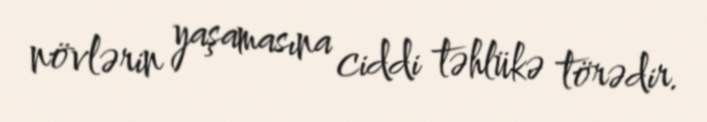
növlərin yaşamasına ciddi təhlükə törədir.